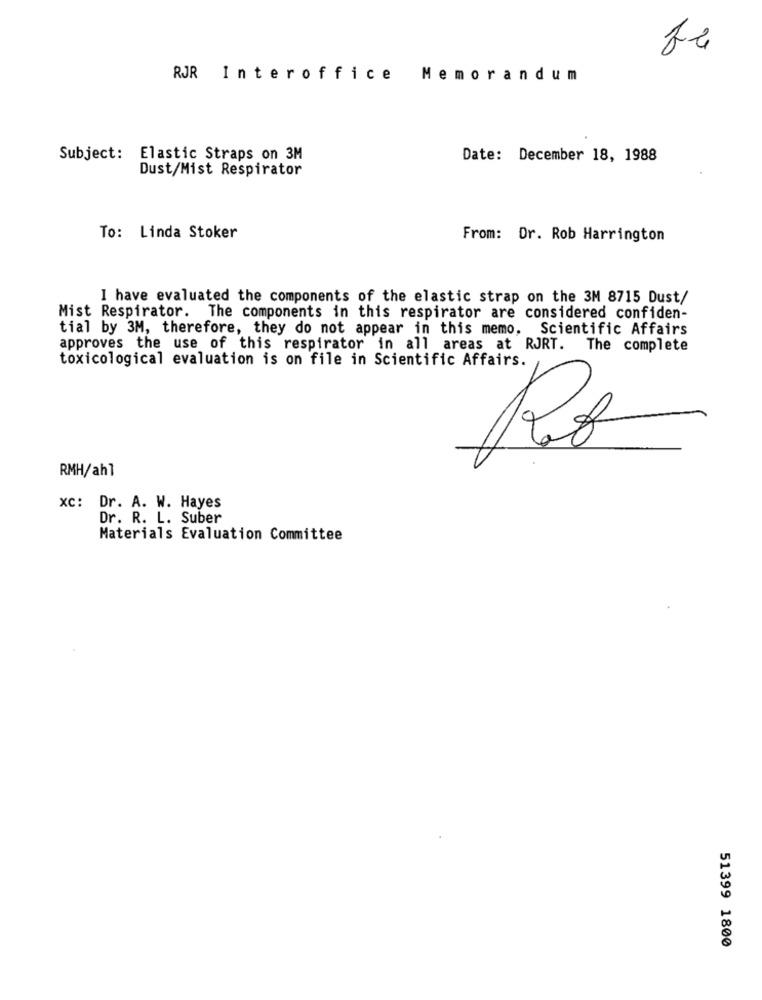
RJR Interoffice Memorandum
Subject: Elastic Straps on 3M
Date: December 18, 1988
Dust/Mist Respirator
To: Linda Stoker
From: Dr. Rob Harrington
I have evaluated the components of the elastic strap on the 3M 8715 Dust/
Mist Respirator. The components in this respirator are considered confiden-
tial by 3M, therefore, they do not appear in this memo, Scientific Affairs
approves the use of this respirator in all areas at RJRT. The complete
toxicological evaluation is on file in Scientific Affairs.
RMH/ahl
XC: Dr. A. W. Hayes
Dr. R. L. Suber
Materials Evaluation Committee
51399 1800